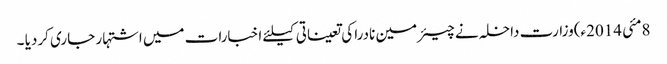
8مئی 2014ء)وزارت داخلہ نے چیئرمین نادرا کی تعیناتی کیلئے اخبارات میں اشتہار جاری کردیا ۔